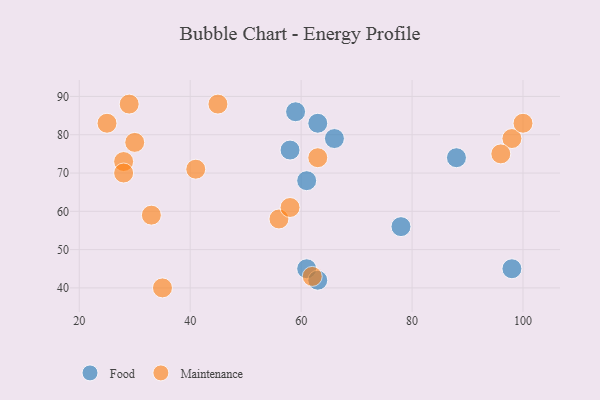
{"axis": {"x": "GDP", "y": "Life Expectancy"}, "legend": ["Food", "Maintenance"], "data": [{"x": "58", "y": 76, "type": "Food"}, {"x": "59", "y": 86, "type": "Food"}, {"x": "61", "y": 45, "type": "Food"}, {"x": "61", "y": 68, "type": "Food"}, {"x": "98", "y": 45, "type": "Food"}, {"x": "88", "y": 74, "type": "Food"}, {"x": "63", "y": 42, "type": "Food"}, {"x": "63", "y": 83, "type": "Food"}, {"x": "78", "y": 56, "type": "Food"}, {"x": "66", "y": 79, "type": "Food"}, {"x": "33", "y": 59, "type": "Maintenance"}, {"x": "35", "y": 40, "type": "Maintenance"}, {"x": "56", "y": 58, "type": "Maintenance"}, {"x": "45", "y": 88, "type": "Maintenance"}, {"x": "98", "y": 79, "type": "Maintenance"}, {"x": "28", "y": 73, "type": "Maintenance"}, {"x": "30", "y": 78, "type": "Maintenance"}, {"x": "96", "y": 75, "type": "Maintenance"}, {"x": "28", "y": 70, "type": "Maintenance"}, {"x": "62", "y": 43, "type": "Maintenance"}, {"x": "25", "y": 83, "type": "Maintenance"}, {"x": "29", "y": 88, "type": "Maintenance"}, {"x": "63", "y": 74, "type": "Maintenance"}, {"x": "41", "y": 71, "type": "Maintenance"}, {"x": "58", "y": 61, "type": "Maintenance"}, {"x": "100", "y": 83, "type": "Maintenance"}]}